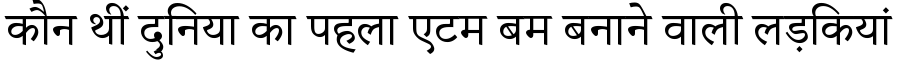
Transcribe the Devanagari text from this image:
कौन थीं दुनिया का पहला एटम बम बनाने वाली लड़कियां